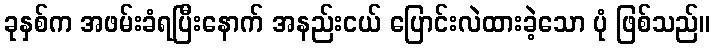
ခုနှစ်က အဖမ်းခံရပြီးနောက် အနည်းငယ် ပြောင်းလဲထားခဲ့သော ပုံ ဖြစ်သည်။